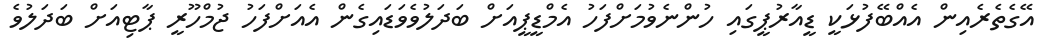
އޭގެތެރެއިން އެއްބޭފުޅަކީ ޑީއާރުޕީގައި ހުންނެވުމަށްފަހު އެމްޑީޕީއަށް ބަދަލުވެވަޑައިގެން އެއަށްފަހު ޖުމްހޫރީ ޕާޓިއަށް ބަދަލުވެ